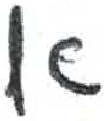
אות: א